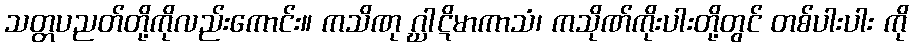
သတ္တပညတ်တို့ကိုလည်းကောင်း။ ကသိဏု ဂ္ဃါဋိမာကာသံ၊ ကသိုဏ်ကိုးပါးတို့တွင် တစ်ပါးပါး ကို